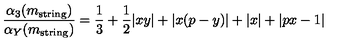
\frac { \alpha _ { 3 } ( m _ { \mathrm { s t r i n g } } ) } { \alpha _ { Y } ( m _ { \mathrm { s t r i n g } } ) } = \frac { 1 } { 3 } + \frac { 1 } { 2 } | x y | + | x ( p - y ) | + | x | + | p x - 1 |